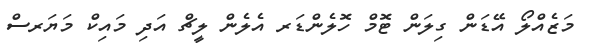
މަޒެއްލޯ އޭޑަން ގިލަން ޓޮމް ހޮލެންޑަރ އެލެން ލީޗް އަދި މައިކް މަޔަރސް